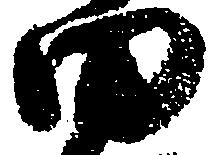
田